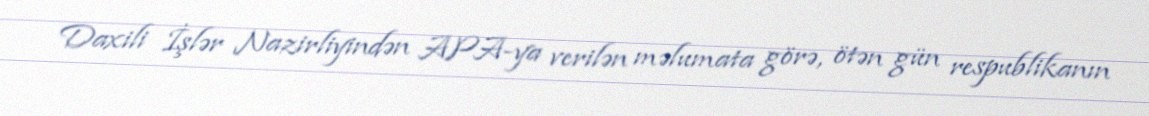
Daxili İşlər Nazirliyindən APA-ya verilən məlumata görə, ötən gün respublikanın